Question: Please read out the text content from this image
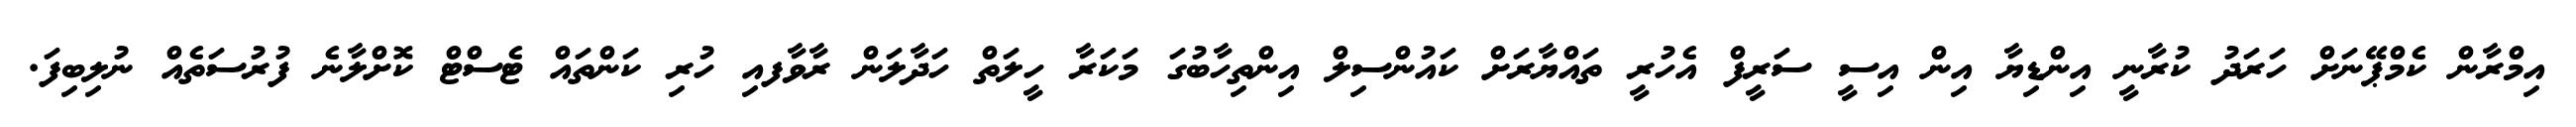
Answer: އިމްރާން ކެމްޕޭނަށް ހަރަދު ކުރާނީ އިންޑިޔާ އިން އިސީ ސަރީފް އެހުރީ ތައްޔާރަށް ކައުންސިލް އިންތިހާބުގަ މަކަރާ ހީލަތް ހަދާލަން ރާވާފއި ހުރި ކަންތައް ޓެސްޓް ކޮށްލާނެ ފުރުސަތެއް ނުލިބިފަ.